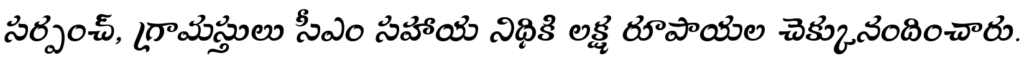
సర్పంచ్, గ్రామస్తులు సీఎం సహాయ నిధికి లక్ష రూపాయల చెక్కునందించారు.